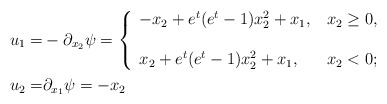
\begin{align*}u_1 =& -\partial_{x_2} \psi =\left\{\begin{array}{ll}-x_2 + e^t(e^t-1) x_2^2 + x_1, & \,x_2 \ge 0, \\ \\x_2 + e^t(e^t-1) x_2^2 + x_1, & \,x_2 < 0;\end{array}\right.\\u_2 =&\partial_{x_1} \psi = -x_2\end{align*}